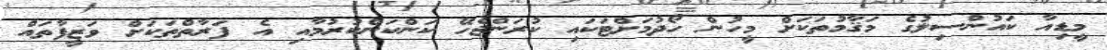
މީޑިއާ ކައުންސިލުގެ މަޤާމުތަކަށް މީހުން ހޯދުމަށްޓަކައި ކުރަންޖެހޭ ކަންކަންކުރުމާއި އެ ފަރާތްތަކަށް ވަޒީފާތައް